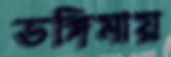
ভঙ্গিমায়